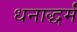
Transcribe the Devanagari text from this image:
धनाद्धर्मं